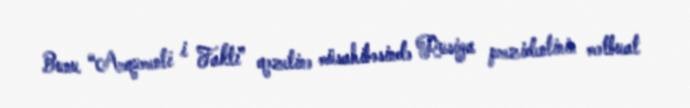
Bunu “Arqumenti i Faktı” qəzetinə müsahibəsində Rusiya prezidentinin mətbuat